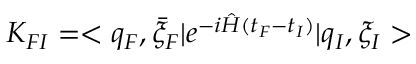
K _ { F I } = < q _ { F } , \bar { \xi } _ { F } \vert e ^ { - i \hat { H } ( t _ { F } - t _ { I } ) } \vert q _ { I } , \xi _ { I } >